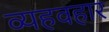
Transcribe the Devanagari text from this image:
व्यहवहार